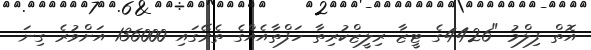
އޮތް ފިލްމު "4426ގެ ޓީޒާ ރިލީޒްކުރިތާ ހަފްތާއެއްގެ ތެރޭގައި 136000 އަށްވުރެ ގިނަ